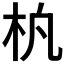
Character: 𬂢